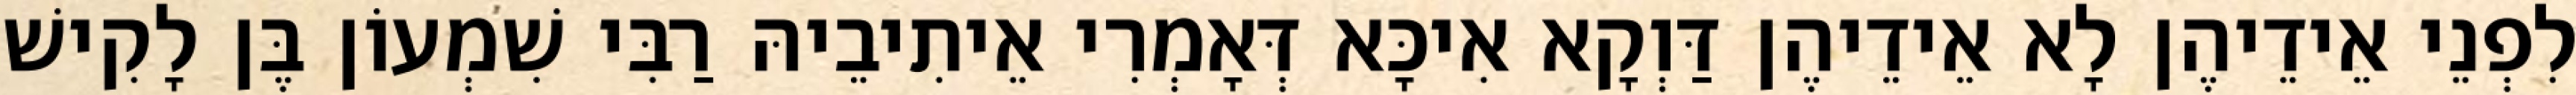
לִפְנֵי אֵידֵיהֶן לָא אֵידֵיהֶן דַּוְקָא אִיכָּא דְּאָמְרִי אֵיתִיבֵיהּ רַבִּי שִׁמְעוֹן בֶּן לָקִישׁ